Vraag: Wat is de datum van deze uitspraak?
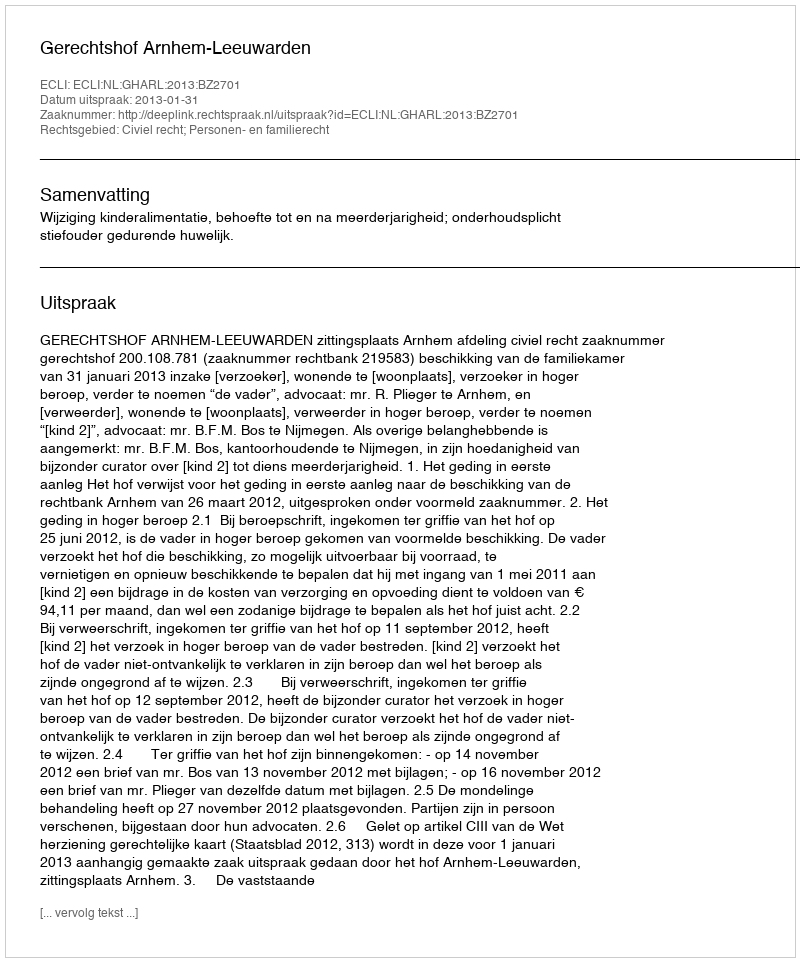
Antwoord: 2013-01-31